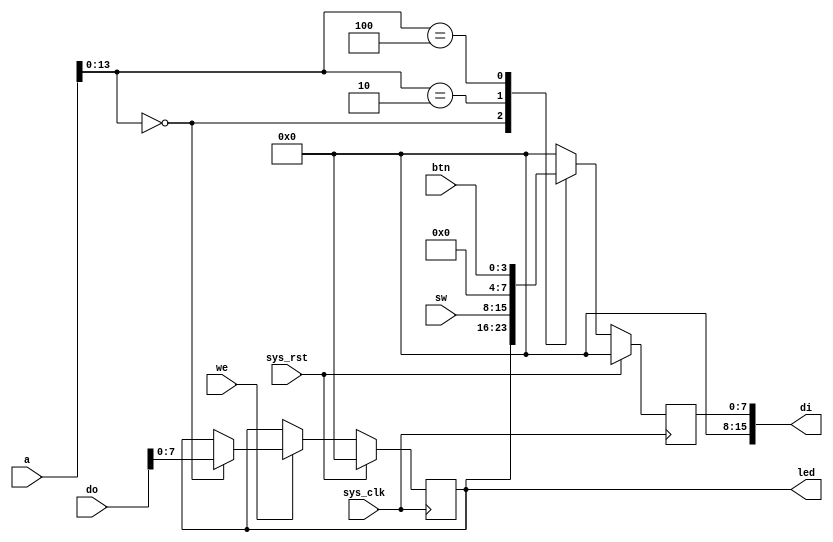
module system_ctl (
  // System
  input sys_clk,
  input sys_rst,
  // Data bus
  output reg [15:0] di,
  input we,
  input [15:0] a,
  input [15:0] do,
  // LEDs
  output reg [7:0] led,
  // Switches
  input [7:0] sw,
  // User buttons
  input [3:0] btn
);

parameter SYSTEM_CTL_ADDR_LEDS = 14'h0000;
parameter SYSTEM_CTL_ADDR_SWS = 14'h0002;
parameter SYSTEM_CTL_ADDR_BTNS = 14'h0004;

task init;
begin
  led <= 8'b0;
  di <= 16'b0;
end
endtask

initial begin
  init;
end

always @(posedge sys_clk) begin
  if (sys_rst == 1'b1) begin
    init;
  end else begin
  di <= 16'b0;
    // Read
    case (a[13:0])
      SYSTEM_CTL_ADDR_LEDS: di <= {8'b0, led};
      SYSTEM_CTL_ADDR_SWS: di <= {8'b0, sw};
      SYSTEM_CTL_ADDR_BTNS: di <= {11'b0, btn};
    endcase
    // Write
    if (we == 1'b1) begin
      case (a[13:0])
        SYSTEM_CTL_ADDR_LEDS: begin
          led <= do[7:0];
        end
      endcase
    end
  end
end

endmodule